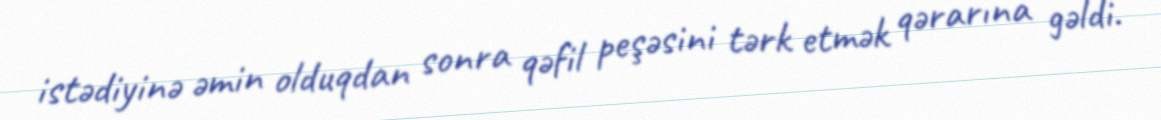
istədiyinə əmin olduqdan sonra qəfil peşəsini tərk etmək qərarına gəldi.